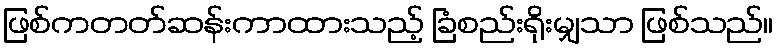
ဖြစ်ကတတ်ဆန်းကာထားသည့် ခြံစည်းရိုးမျှသာ ဖြစ်သည်။